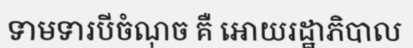
ទាមទារបីចំណុច គឺ អោយរដ្ឋាភិបាល